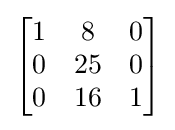
{\begin{bmatrix}1&8&0\\0&25&0\\0&16&1\end{bmatrix}}